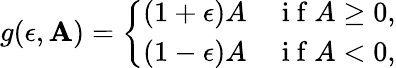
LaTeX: g(\epsilon,\mathbf{A})=\left\{ \begin{array}{ll}{(1+\epsilon)A}&{\mathrm{~i~f~}A\geq 0,}\\ {(1-\epsilon)A}&{\mathrm{~i~f~}A<0,}\end{array}\right.